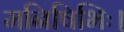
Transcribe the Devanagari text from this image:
मनिषिभिः।